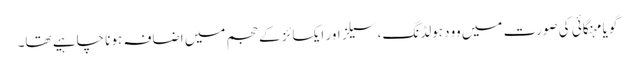
گویا مہنگائی کی صورت میں وود ہولڈنگ، سیلز اور ایکسائز کے حجم میں اضافہ ہونا چاہیے تھا۔